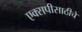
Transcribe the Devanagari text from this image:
एक्सपीसाठीचे